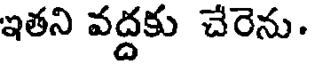
ఇతని వద్దకు చేరెను.